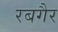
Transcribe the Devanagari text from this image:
रबगैर